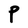
Character: P